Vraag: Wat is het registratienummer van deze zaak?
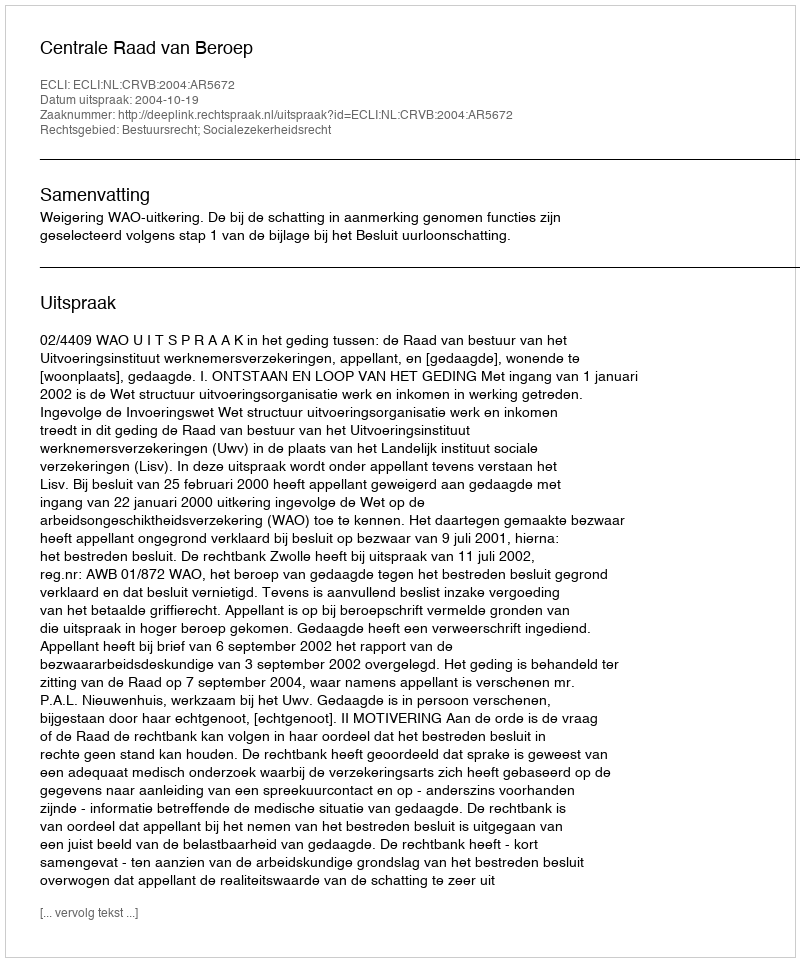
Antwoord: http://deeplink.rechtspraak.nl/uitspraak?id=ECLI:NL:CRVB:2004:AR5672